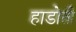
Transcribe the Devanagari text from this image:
हाडोती